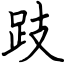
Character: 跂